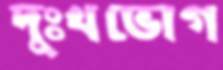
দুঃখভোগ